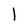
Character: l